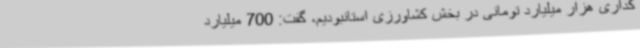
گذاری هزار میلیارد تومانی در بخش کشاورزی استانبودیم، گفت: 700 میلیارد